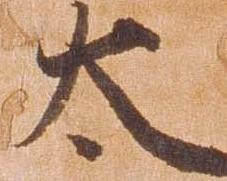
太